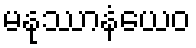
မနုဿာနံယေဝ